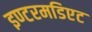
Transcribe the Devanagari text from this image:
इण्टरमडिएट